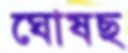
ঘোষছ